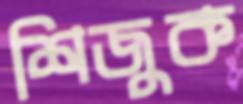
শিজুক